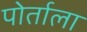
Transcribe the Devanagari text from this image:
पोर्ताला